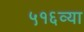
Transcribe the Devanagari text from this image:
५१६व्या